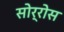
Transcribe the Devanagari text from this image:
सोर्रोस